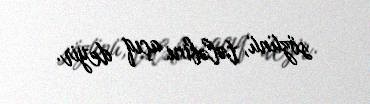
sözünü, tələbini açıq deyir.